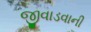
જીવાડવાની